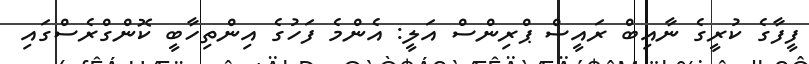
ފީފާގެ ކުރީގެ ނާއިބް ރައީސް ޕްރިންސް އަލީ: އެންމެ ފަހުގެ އިންތިހާބީ ކޮންގްރެސްގައި